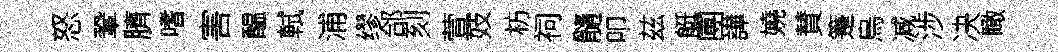
怒鞏臍嗜害醖軾浦缪郃刻萱妓枋祠髓叩兹艇圑譁嬈賛箑烏减涉决瞰